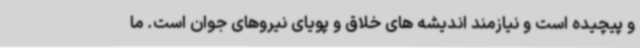
و پیچیده است و نیازمند اندیشه های خلاق و پویای نیروهای جوان است. ما